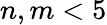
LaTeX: n,m<5